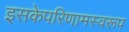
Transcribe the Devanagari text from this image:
इसकेपरिणामस्वरूप